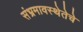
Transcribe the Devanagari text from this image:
संभ्रमावस्थेतेचे